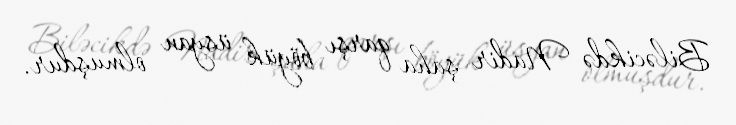
Biləcikdə Nadir şaha qarşı böyük üsyan olmuşdur.